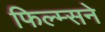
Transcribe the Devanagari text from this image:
फिल्म्सने